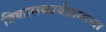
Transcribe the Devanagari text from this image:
विकासकार्यक्रमाचा